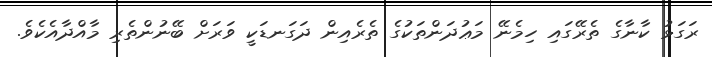
ރަގަޅު ކާނާގެ ތެރޭގައި ހިމެނޭ މަޢުދަންތަކުގެ ތެރެއިން ދަގަނޑަކީ ވަރަށް ބޭނުންތެރި މާއްދާއެކެވެ.